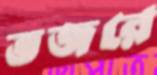
ভজরে